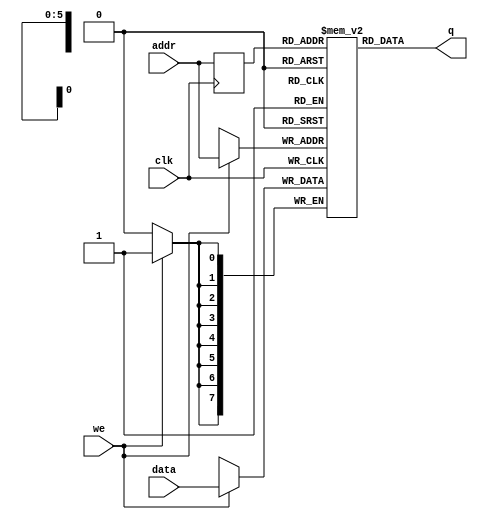
// Quartus II Verilog Template
// Single port RAM with single read/write address 

module infer_single_port_ram 
#(parameter DATA_WIDTH=8, parameter ADDR_WIDTH=6)
(
	input [(DATA_WIDTH-1):0] data,
	input [(ADDR_WIDTH-1):0] addr,
	input we, clk,
	output [(DATA_WIDTH-1):0] q
);

	// Declare the RAM variable
	reg [DATA_WIDTH-1:0] ram[2**ADDR_WIDTH-1:0];

	// Variable to hold the registered read address
	reg [ADDR_WIDTH-1:0] addr_reg;

	always @ (posedge clk)
	begin
		// Write
		if (we)
			ram[addr] <= data;

		addr_reg <= addr;
	end

	// Continuous assignment implies read returns NEW data.
	// This is the natural behavior of the TriMatrix memory
	// blocks in Single Port mode.  
	assign q = ram[addr_reg];

endmodule